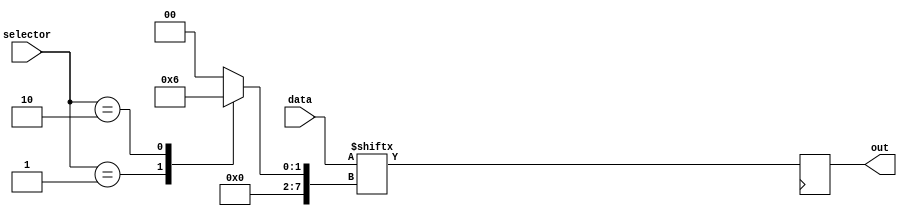
module mux256to1(
    input [255:0] data, // 256 input lines
    input [7:0] selector, // 1-bit selector input
    output reg out
);

reg [7:0] select_line;

always @(*) begin
    case(selector)
        8'b00000001: select_line = 8'b00000001;
        8'b00000010: select_line = 8'b00000010;
        // Add cases for all 256 input lines
        default: select_line = 8'b00000000; // Default case
    endcase
end

always @(posedge clk) begin
    out = data[select_line];
end

endmodule